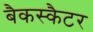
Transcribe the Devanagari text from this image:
बैकस्कैटर